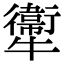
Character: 𤜂